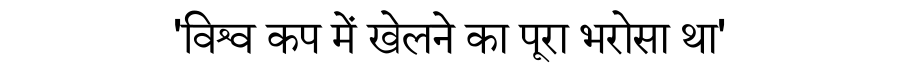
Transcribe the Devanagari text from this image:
'विश्व कप में खेलने का पूरा भरोसा था'